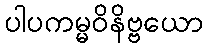
ပါပကမ္မဝိနိဗ္ဗယော